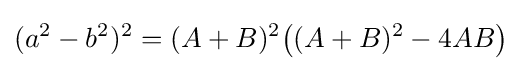
(a^{2}-b^{2})^{2}=(A+B)^{2}{\big (}(A+B)^{2}-4AB{\big )}